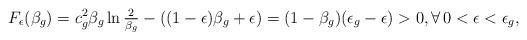
LaTeX: \begin{align*}F_\epsilon(\beta_g)=c_g^2 \beta_g\ln\tfrac{2}{\beta_g}-((1-\epsilon)\beta_g+\epsilon)=(1-\beta_g)(\epsilon_g-\epsilon)>0,\forall\,0<\epsilon<\epsilon_g,\end{align*}